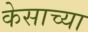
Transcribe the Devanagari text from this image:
केसाच्या